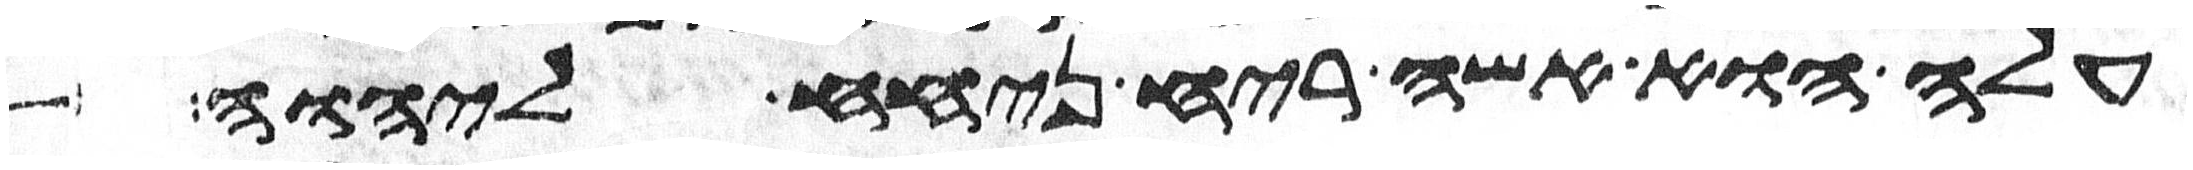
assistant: עלה הוא אשה ריח ניחח ליהוה